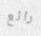
رائع